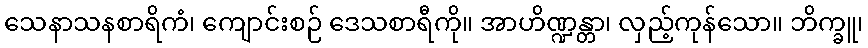
သေနာသနစာရိကံ၊ ကျောင်းစဉ် ဒေသစာရီကို။ အာဟိဏ္ဍန္တာ၊ လှည့်ကုန်သော။ ဘိက္ခူ၊